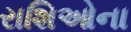
રાશિઓના